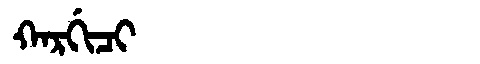
Manchu: ᡴᠠᡵᡤᡳᠴᡳ
Romanization: KARGICI